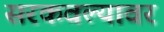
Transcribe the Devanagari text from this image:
सरकवल्यावर